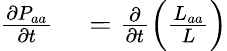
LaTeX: \begin{array}{rl}{\frac{\partial P_{aa}}{\partial t}}&{{}=\frac{\partial}{\partial t}\left(\frac{L_{aa}}{L}\right)}\end{array}